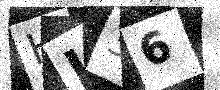
Text: HL36